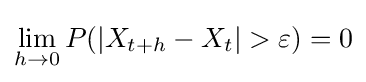
\lim _{h\rightarrow 0}P(|X_{t+h}-X_{t}|>\varepsilon )=0